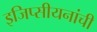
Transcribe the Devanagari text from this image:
इजिप्सीयनांची